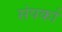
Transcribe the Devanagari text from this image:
संपर्का